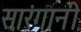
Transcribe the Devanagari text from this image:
सारंगानी